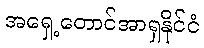
အရှေ့တောင်အာရှနိုင်ငံ